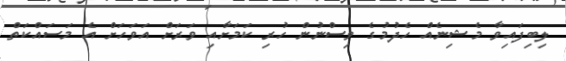
ލިބިފައިވާ މެޝިނެއް ހެދުމުގެ ވިސްނުން ހުރި ކަމަށާއި ވަރަށް އަވަހަށް އެ މަސައްކަތް